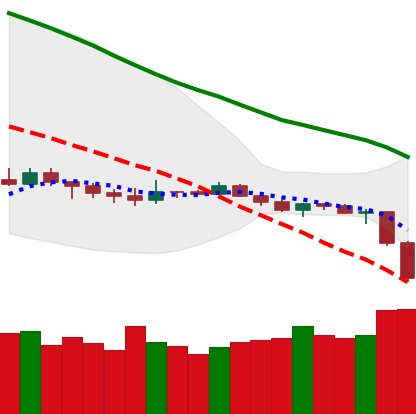
Ticker: ETH-USD
Chart end date: 2019-12-17
Forward return: 7.968%
Label: up_7plus